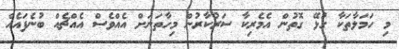
މި ހަމަލާތަކާ ގުޅޭ ގޮތުން އެމެރިކާ ސަރުކާރުން މިހާތަނަށް އެއްވެސް އެއްޗެއް ބުނެފައެއް